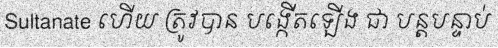
Sultanate ហើយ ត្រូវបាន បង្កើតឡើង ជា បន្តបន្ទាប់